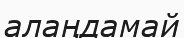
алаңдамай